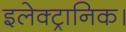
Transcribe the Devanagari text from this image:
इलेक्ट्रानिक।